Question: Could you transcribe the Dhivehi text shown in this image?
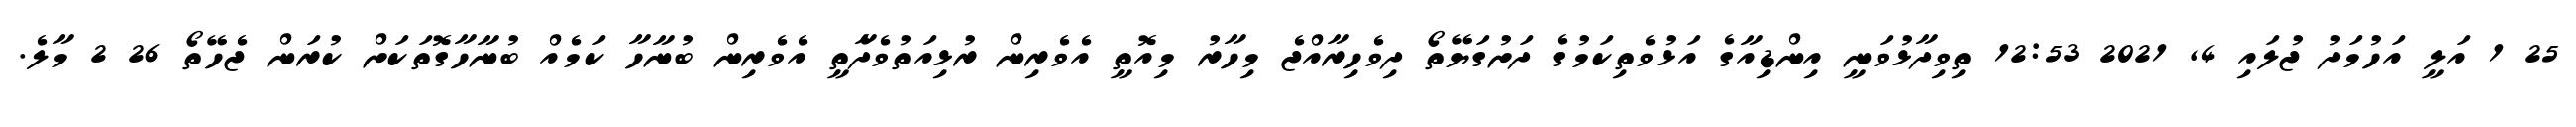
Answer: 25 1 އަލީ އަހުމަދު ޖުލައި 4, 2021 12:53 ތިވިދާޅުވަނީ އިންޑިއާގެ އަޅުވެތިކަމުގެ ދަށުގަޔޭތޯ ދިވެހިރާއްޖެ މިހާރު މިއޮތީ އެވެރިން ރުޅިއަތުވެދާެތީ އެވެރިން ބުނާހާ ކަމެއް ބުނާހާގޮތަކަށް ކުރަން ޖެހޭތޯ 26 2 މާލެ.